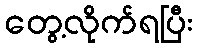
တွေ့လိုက်ရပြီး